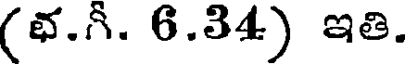
(భ.గీ. 6.34) ఇతి.